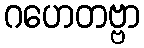
ဂဟေတဗ္ဗာ